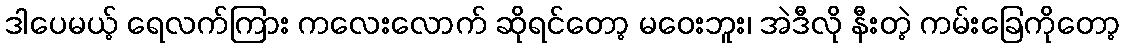
ဒါပေမယ့် ရေလက်ကြား ကလေးလောက် ဆိုရင်တော့ မဝေးဘူး၊ အဲဒီလို နီးတဲ့ ကမ်းခြေကိုတော့